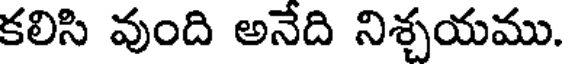
కలిసి వుంది అనేది నిశ్చయము.